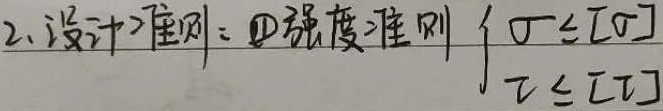
2. 设计准则：
\textcircled{1} 强度准则 \(\begin{cases}\sigma\leq[\sigma]\\\tau\leq[\tau]\end{cases}\)